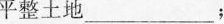
平整上地___；